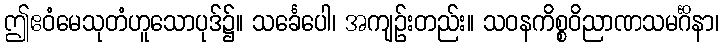
ဤဧဝံမေသုတံဟူသောပုဒ်၌။ သင်္ခေပေါ၊ အကျဉ်းတည်း။ သဝနကိစ္စဝိညာဏသမင်္ဂိနာ၊